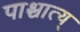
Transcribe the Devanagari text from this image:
पाश्चात्य्